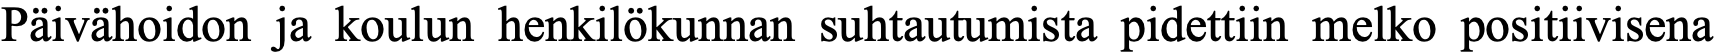
Päivähoidon ja koulun henkilökunnan suhtautumista pidettiin melko positiivisena